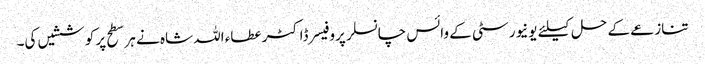
تنازعے کے حل کیلئے یونیورسٹی کے وائس چانسلر پروفیسر ڈاکٹر عطاء اللہ شاہ نے ہر سطح پر کوششیں کی۔